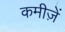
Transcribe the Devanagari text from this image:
कमीज़ें